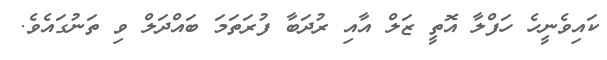
ކައިވެނީހެ ހަފްލާ އޮތީ ޒަލް އާއި ރުދަބާ ފުރަތަމަ ބައްދަލް ވި ތަނުގައެވެ.